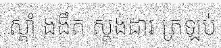
ស្តាំ ងងឹត ស្តង់ដារ ត្រឡប់